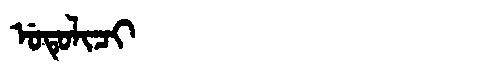
Manchu: ᡠᡨᡠᠯᡳᠴᡳ
Romanization: UTULICI